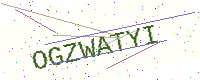
Text: OGZWATYI